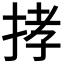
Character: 𢭦